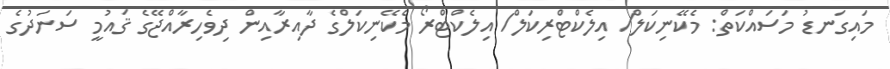
މައިގަނޑު މަސައްކަތް: މެކޭނިކަލް/ އިލެކްޓްރިކަލް/ އިލެކްޓްރޯ މެކޭނިކަލްގެ ދާއިރާއިން ދިވެހިރާއްޖޭގެ ޤައުމީ ސަނަދުގެ